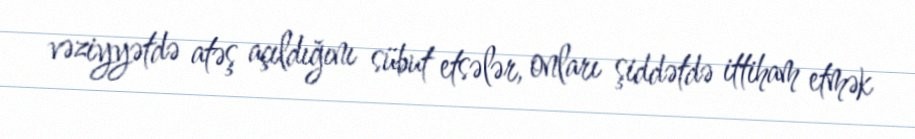
vəziyyətdə atəş açıldığını sübut etsələr, onları şiddətdə ittiham etmək